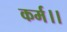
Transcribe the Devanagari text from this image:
कर्म।।